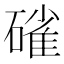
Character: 𮀿